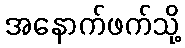
အနောက်ဖက်သို့